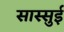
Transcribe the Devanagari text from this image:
सास्सुई